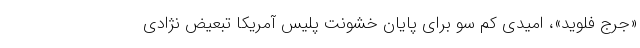
«جرج فلوید»، امیدی کم سو برای پایان خشونت پلیس آمریکا تبعیض نژادی